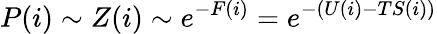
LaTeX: P(i)\sim Z(i)\sim e^{-F(i)}=e^{-(U(i)-TS(i))}